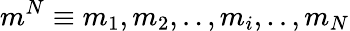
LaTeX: m^{N}\equiv m_{1},m_{2},..,m_{i},..,m_{N}